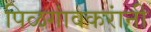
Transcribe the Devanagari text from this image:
पिळगांवकरांनी